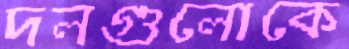
দলগুলোকে